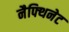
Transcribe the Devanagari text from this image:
नैफ्थिनेट